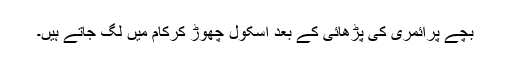
بچّے پرائمری کی پڑھائی کے بعد اسکول چھوڑ کرکام میں لگ جاتے ہیں۔